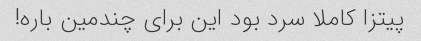
پیتزا کاملا سرد بود این برای چندمین باره!